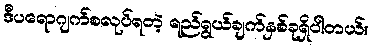
ဒီပရောဂျက်စလုပ်ရတဲ့ ရည်ရွယ်ချက်နှစ်ခုရှိပါတယ်။